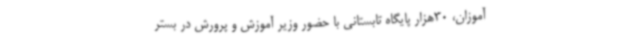
آموزان، 30هزار پایگاه تابستانی با حضور وزیر آموزش و پرورش در بستر